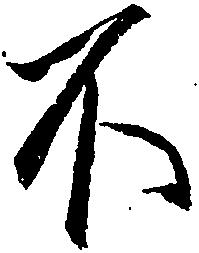
不